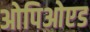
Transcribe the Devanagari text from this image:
ओपिओएड